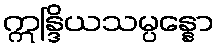
ဣန္ဒြိယသမ္ပန္နော